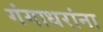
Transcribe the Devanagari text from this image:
गंगाधरांना